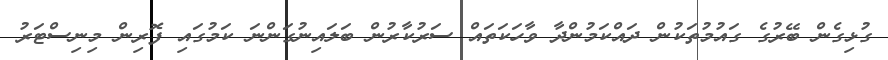
ގުޅިގެން ބޭރުގެ ގައުމުތަކުން ދައްކަމުންދާ ވާހަކަތައް ސަރުކާރުން ބަލައިނުގަންނަ ކަމުގައި ފޮރިން މިނިސްޓަރު